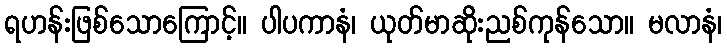
ရဟန်းဖြစ်သောကြောင့်။ ပါပကာနံ၊ ယုတ်မာဆိုးညစ်ကုန်သော။ မလာနံ၊